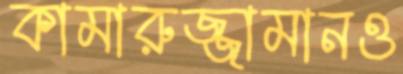
কামারুজ্জামানও